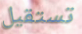
تستقيل